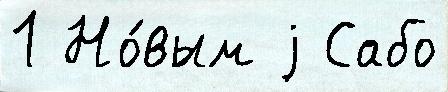
1 Но́вым j Сабо